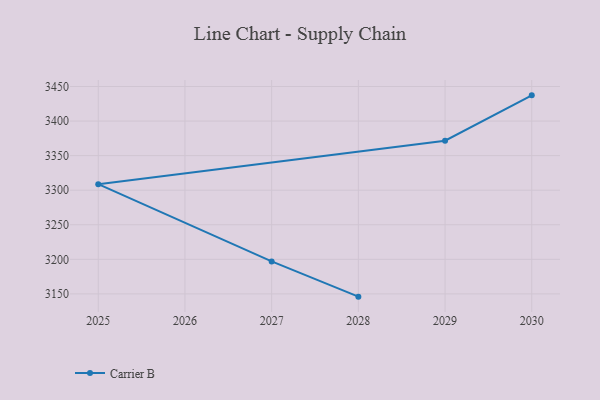
{"axis": {"x": "Year", "y": "Inventory Turnover"}, "legend": ["Carrier B"], "data": [{"x": "2030", "y": 3437.2, "type": "Carrier B"}, {"x": "2029", "y": 3371.6, "type": "Carrier B"}, {"x": "2025", "y": 3308.7, "type": "Carrier B"}, {"x": "2027", "y": 3197.0, "type": "Carrier B"}, {"x": "2028", "y": 3146.0, "type": "Carrier B"}]}